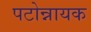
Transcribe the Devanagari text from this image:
पटोन्नायक